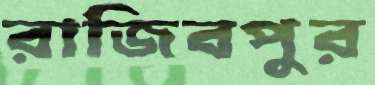
রাজিবপুর